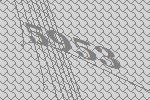
5953